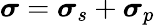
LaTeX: \boldsymbol{\sigma}=\boldsymbol{\sigma}_{s}+\boldsymbol{\sigma}_{p}